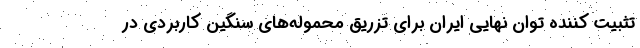
تثبیت کننده توان نهایی ایران برای تزریق محموله‌های سنگین کاربردی در